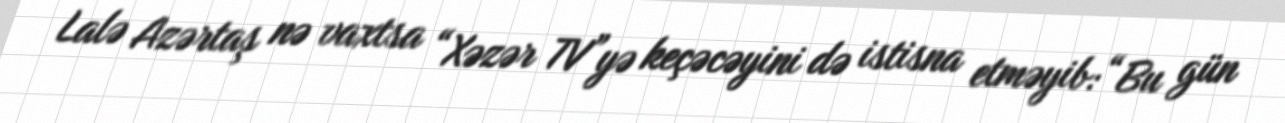
Lalə Azərtaş nə vaxtsa “Xəzər TV”yə keçəcəyini də istisna etməyib:“Bu gün